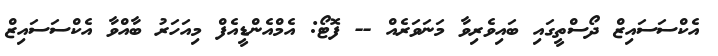
އެކްސަސައިޒް ދޯސްތީގައި ބައިވެރިވާ މަނަވަރެއް -- ފޮޓޯ: އެމްއެންޑީއެފް މިއަހަރު ބާއްވާ އެކްސަސައިޒް